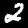
Label: 2